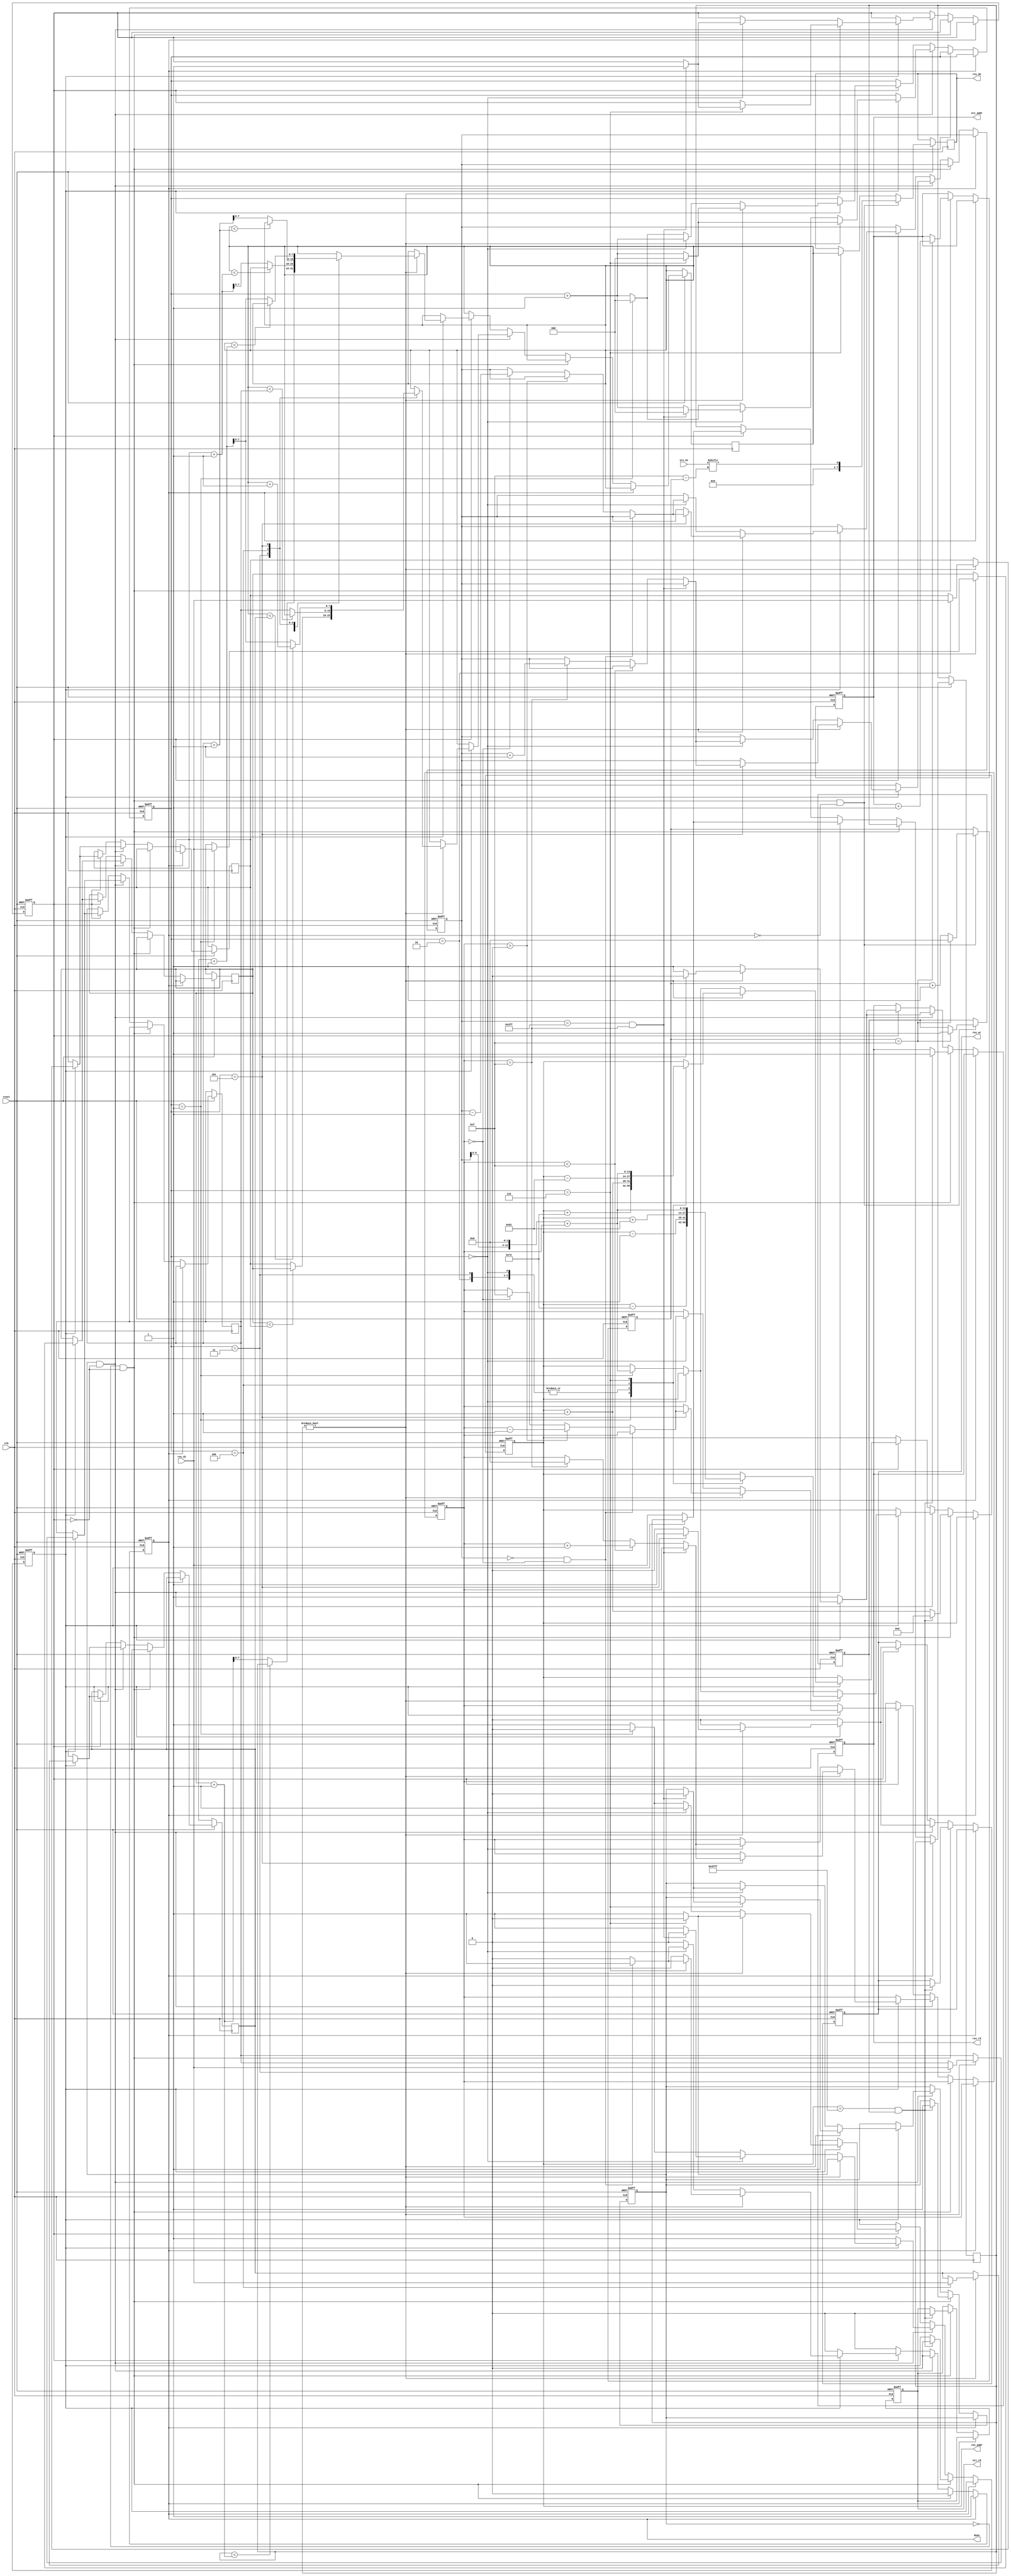
module DT(clk,reset,done,sti_rd,sti_addr,sti_di,res_wr,res_rd,res_addr,res_do,res_di);
	input 			clk;
	input			reset;
	output	reg		done;
	output	reg		sti_rd;
	output	reg 	[9:0]	sti_addr;
	input		[15:0]	sti_di;
	output	reg		res_wr;
	output	reg		res_rd;
	output	reg 	[13:0]	res_addr;
	output	reg 	[7:0]	res_do;
	input		[7:0]	res_di;
	reg [10:0] x;
	reg fp,bp,process,next;
	reg [3:0] y,load;
	reg [2:0]step;
	reg [7:0]min1;
	reg [7:0] temp[4:0];
always @(posedge clk or negedge reset) begin
	if(!reset)begin
	  process <= 1'd1;
	  done <= 1'd0;
	  sti_rd <= 1'd1;
	  res_wr <= 1'd1;
	  res_rd <= 1'd0;
	  sti_addr <= 10'd0;
	  fp <= 1'd0;
	  bp <= 1'd0;
	  x <= 11'd0;
	  y <= 4'd0;
	  step <= 3'd0;
	  res_addr <= -14'd1;
	end
	else if(done == 1'd0)begin
		if(fp == 1'd0 && bp == 1'd0 )begin
			res_addr <= res_addr + 14'd1;
			if (load == 15) begin
				sti_addr <= sti_addr + 10'd1;
			end	
			if (res_addr == 14'd16383 && next == 1'd1 ) begin
				res_addr <= 14'd0;
				fp <= 1'd1;
				process <= 1'd0;
				res_wr <= 1'd0;
				sti_rd <= 1'd0;
				res_rd <= 1'd1;
			end
		end
		else if (fp == 1'd1 && bp == 1'd0) begin
			res_rd <= 1'd1;
			res_wr <= 1'd0;
			process <= 1'd1;
			if(process == 1'd0)begin
				temp[0] <= res_di;
			end
			else if(process == 1'd1)begin
				step <= step + 3'd1;
				if (temp[0] != 8'd0) begin
					case (step)
						5'd0:begin
							res_addr <= res_addr - 14'd1;
						end
						5'd1:begin
							temp[1] <= res_di;
							res_addr <= res_addr - 14'd126;
						end
						5'd2:begin
							temp[2] <= res_di;
							res_addr <= res_addr - 14'd1;
						end
						5'd3:begin
							temp[3] <= res_di;
							res_addr <= res_addr - 14'd1;
							min1 <= (temp[1]<temp[2])?temp[1]:temp[2];
						end
						5'd4:begin
							temp[4] <= res_di;
							min1 <= (min1<temp[3])?min1:temp[3];
							res_addr <= res_addr + 129;
						end
						5'd5:begin
							min1 <= (min1<temp[4])?min1+1:temp[4]+1;
							res_wr <= 1'd1;
							res_rd <= 1'd0;
							if (x == 11'd1023 && y == 4'd15) begin
							
							end
							else if (y < 4'd15) begin
								y <= y + 4'd1;
							end
							else if (y == 4'd15) begin
								y <= 4'd0;
								x <= x + 11'd1;
							end
						end
						5'd6:begin
							if (x == 11'd1023 && y == 4'd15) begin
								fp <= 1'd0;
								bp <= 1'd1;
							end
							step <= 3'd0;
							process <= 1'd0;
							res_addr <= (x << 4) + y;
						end
					endcase	 
				end
				else begin
					if (step == 3'd0) begin
						if (x == 11'd1023 && y == 4'd15) begin
						fp <= 1'd0;
						bp <= 1'd1;
						step <= 3'd0;
						process <= 1'd0;
					end
					else if (y < 4'd15) begin
						y <= y + 4'd1;
					end
					else if (y == 4'd15) begin
						y <= 4'd0;
						x <= x + 11'd1;
					end
					end
					else if (step == 3'd1) begin
						step <= 3'd0;
						process <= 1'd0;
						res_addr <= (x << 4) + y;
					end	
				end
			end
		end

		else if (bp) begin
			res_rd <= 1'd1;
			res_wr <= 1'd0;
			process <= 1'd1;
			if(process == 1'd0)begin
				temp[0] <= res_di;
			end
			else if(process == 1'd1)begin
				step <= step + 3'd1;
				if (temp[0] != 8'd0) begin
					case (step)
						5'd0:begin
							res_addr <= res_addr + 14'd1;
						end
						5'd1:begin
							temp[1] <= res_di;
							res_addr <= res_addr + 14'd126;
						end
						5'd2:begin
							temp[2] <= res_di;
							res_addr <= res_addr + 14'd1;
							min1 <= (temp[0]<temp[1]+1)?temp[0]:temp[1]+1;
						end
						5'd3:begin
							temp[3] <= res_di;
							res_addr <= res_addr + 14'd1;
							min1 <= (min1<temp[2]+1)?min1:temp[2]+1;
						end
						5'd4:begin
							temp[4] <= res_di;
							min1 <= (min1<temp[3]+1)?min1:temp[3]+1;
							res_addr <= res_addr - 14'd129;
						end
						5'd5:begin
							min1 <= (min1<temp[4]+1)?min1:temp[4]+1;
							res_rd <= 1'd0;
							res_wr <= 1'd1;
							if (x == 11'd0 && y == 5'd0) begin
								
							end
							else if (y > 5'd0) begin
								y <= y - 5'd1;
							end
							else if (y == 5'd0) begin
								y <= 5'd15;
								x <= x - 11'd1;
							end
						end
						5'd6:begin
							if (x == 11'd0 && y == 5'd0) begin
								done <= 1'd1;
							end
							step <= 3'd0;
							process <= 1'd0;
							res_addr <= (x << 4) + y;
						end
					endcase	 
				end
				else begin
					if (step == 3'd0) begin
						if (x == 11'd0 && y == 5'd0) begin
							done <= 1'd1;
						end
						else if (y > 5'd0) begin
							y <= y - 5'd1;
						end
						else if (y == 5'd0) begin
							y <= 5'd15;
							x <= x - 11'd1;
						end
					end
					else if (step == 3'd1) begin
						step <= 3'd0;
						process <= 1'd0;
						res_addr <= (x << 4) + y;	
					end	
				end
		end
	  end
end
end
always @(negedge clk or negedge reset) begin
	if (!reset) begin
		next <= 1'd0;
		load <= 4'd0;
	end
	else if(fp == 0 && bp == 0&& done ==0) begin
		load <= load + 4'd1;
		res_do <= {7'd0,sti_di[15-load]};
		if (load == 4'd15) begin
			next <= 1'd1;
			load <= 4'd0;
		end
	end
	else if (step == 3'd6) begin
		res_do <= min1;
	end
end
endmodule